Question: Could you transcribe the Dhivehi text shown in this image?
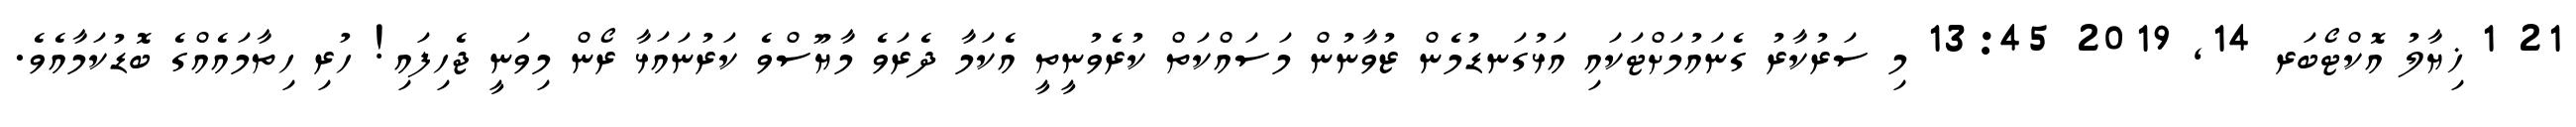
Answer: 21 1 ޚިޔާލު އޮކްޓޯބަރ 14, 2019 13:45 މި ސަރުކާރު ގެނައުމަށްޓަކައި އަޅުގަނޑުމެން ޒުވާނުން މަސައްކަތް ކުރެވުނީތީ އެކަމާ ދެރަވެ މާޔޫސްވެ ކަރުނައަޅާ ރޯން މިވަނީ ޖެހިފައި! ހުރި ހިތާމައެއްގެ ބޮޑުކަމާއެވެ.